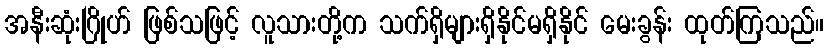
အနီးဆုံးဂြိုဟ် ဖြစ်သဖြင့် လူသားတို့က သက်ရှိများရှိနိုင်မရှိနိုင် မေးခွန်း ထုတ်ကြသည်။